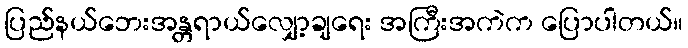
ပြည်နယ်ဘေးအန္တရာယ်လျှော့ချရေး အကြီးအကဲက ပြောပါတယ်။